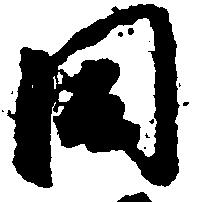
同